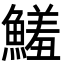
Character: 鱃